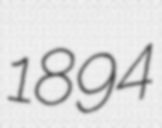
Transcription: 1894